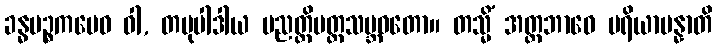
ခန္ဓပဉ္စကမေဝ ဝါ, တမုပါဒါယ ပညတ္တိမတ္တသမ္ဘဝတော။ တသ္မိံ အတ္တဘာဝေ ပရိယာပန္နာတိ